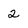
Character: 2